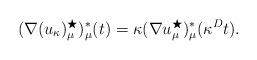
LaTeX: \begin{align*}(\nabla (u_{\kappa})_\mu^\bigstar)_\mu^*(t) = \kappa(\nabla u_\mu^\bigstar)_\mu^*(\kappa^D t) .\end{align*}